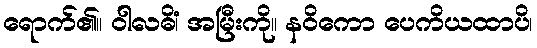
ရောက်၏။ ဝါလဓိံ၊ အမြီးကို။ နဝိကော ပေကိယထာပိ၊